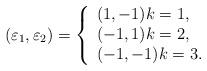
LaTeX: \begin{align*}(\varepsilon_{1},\varepsilon_{2})=\left \{\begin{array}[c]{l}(1,-1)k=1,\\(-1,1)k=2,\\(-1,-1)k=3.\end{array}\right. \end{align*}